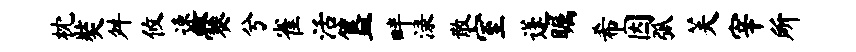
枕奘舛攸速爨兮雀活簋畔渌散室蓬瞩希因弧芙宰所